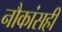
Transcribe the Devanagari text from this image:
नौकांसही